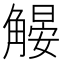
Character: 𧤨